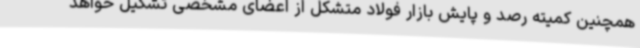
همچنین کمیته رصد و پایش بازار فولاد متشکل از اعضای مشخصی تشکیل خواهد